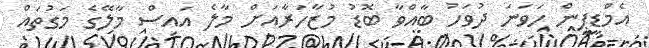
އެމްޑީޕީން ހަވަނަ ދުވަހު ބާއްވާ ބޮޑު މުޒާހަރާއަށް މާލެ އައިސް މާލޭގެ މަގުތައް